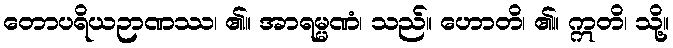
တောပရိယဉာဏဿ၊ ၏။ အာရမ္မဏံ၊ သည်။ ဟောတိ၊ ၏။ ဣတိ၊ သို့။